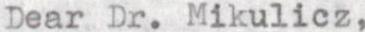
Dear Dr. Mikulicz,